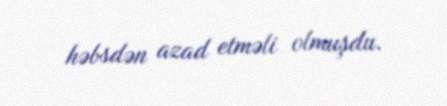
həbsdən azad etməli olmuşdu.